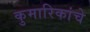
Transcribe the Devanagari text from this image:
कुमारिकांचे